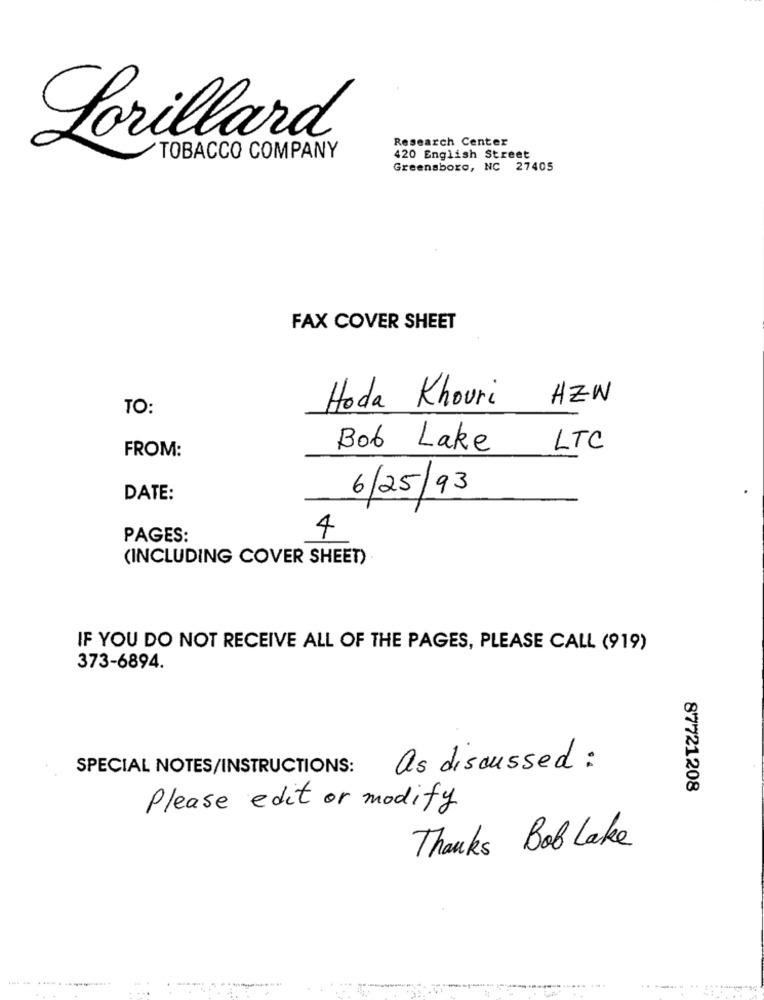
Lorillard
Research Center
TOBACCO COMPANY
420 English Street
Greensboro, NC 27405
FAX COVER SHEET
HZW
TO:
Hoda Khouri
Bob Lake
LTC
FROM:
6/25/93
DATE:
PAGES:
4
(INCLUDING COVER SHEET)
IF YOU DO NOT RECEIVE ALL OF THE PAGES, PLEASE CALL (919)
373-6894.
SPECIAL NOTES/INSTRUCTIONS:
as discussed :
87721208
Please edit or modify
Thanks Bob Lake
1 .41